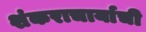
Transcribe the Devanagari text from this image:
शंकराचार्याची